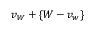
v _ { W } + \{ W - v _ { w } \}